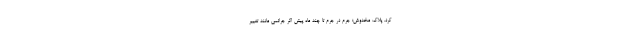
کرد. پلاک مخدوش؛ جرم در جرم تا چند ماه پیش اگر جرائمی مانند تغییر